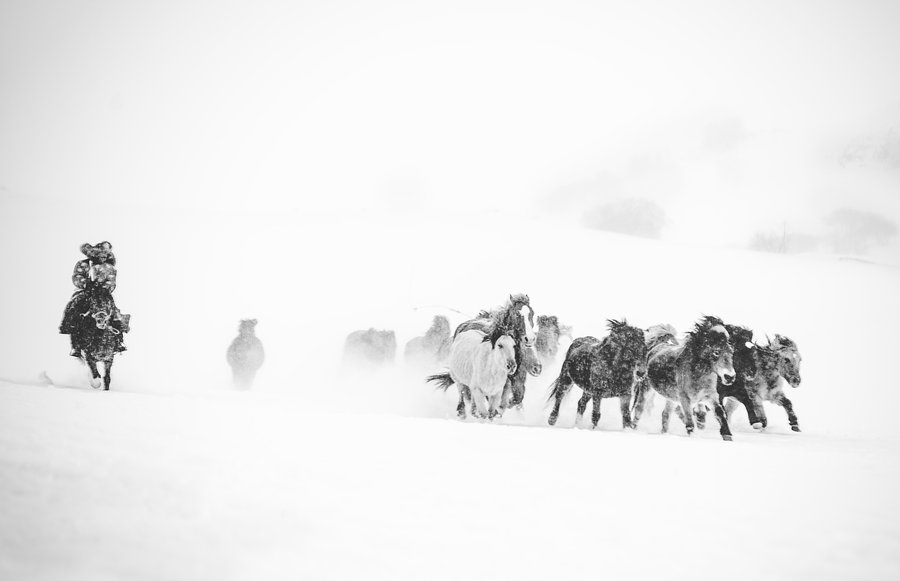
夜阑卧听风吹雨，铁马冰河入梦来。